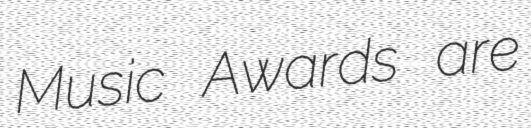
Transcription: Music Awards are